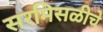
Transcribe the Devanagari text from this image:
सरमिसळीचे